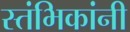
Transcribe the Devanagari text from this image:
स्तंभिकांनी